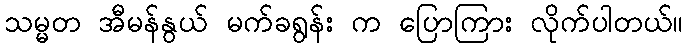
သမ္မတ အီမန်နွယ် မက်ခရွန်း က ပြောကြား လိုက်ပါတယ်။